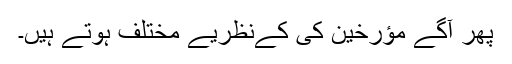
پھر آگے مؤرخین کی کےنظریے مختلف ہوتے ہیں۔